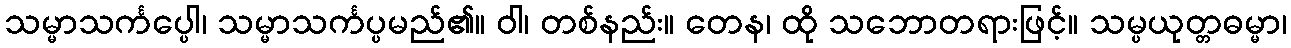
သမ္မာသင်္ကပ္ပေါ၊ သမ္မာသင်္ကပ္ပမည်၏။ ဝါ၊ တစ်နည်း။ တေန၊ ထို သဘောတရားဖြင့်။ သမ္ပယုတ္တဓမ္မာ၊